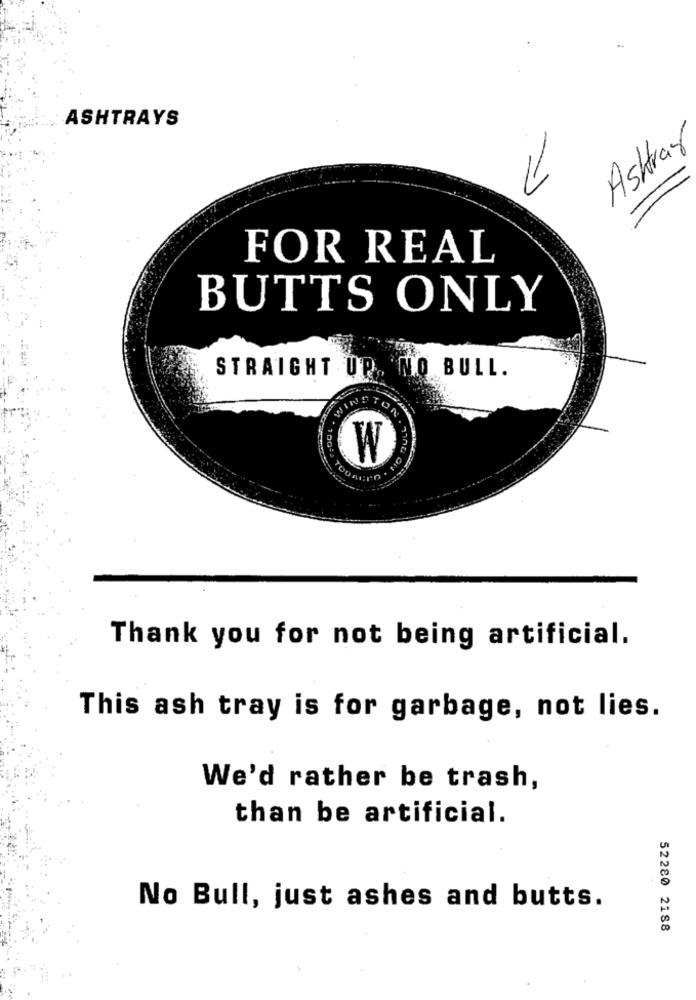
ASHTRAYS
Ashtray
11
FOR REAL
BUTTS ONLY
STRAIGHT UP, NO BULL.
WINSTON
W
Thank you for not being artificial.
This ash tray is for garbage, not lies.
We'd rather be trash,
than be artificial.
No Bull, just ashes and butts.
52280 2188